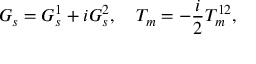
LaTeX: G _ { s } = G _ { s } ^ { 1 } + i G _ { s } ^ { 2 } , \quad T _ { m } = - \frac { i } { 2 } T _ { m } ^ { 1 2 } ,